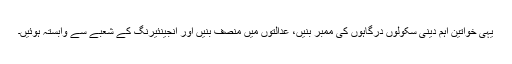
یہی خواتین اہم دینی سکولوں درگاہوں کی ممبر بنیں، عدالتوں میں منصف بنیں اور انجینئیرنگ کے شعبے سے وابستہ ہوئیں۔